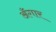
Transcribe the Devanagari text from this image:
अँगार